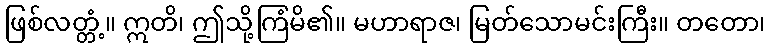
ဖြစ်လတ္တံ့။ ဣတိ၊ ဤသို့ကြံမိ၏။ မဟာရာဇ၊ မြတ်သောမင်းကြီး။ တတော၊